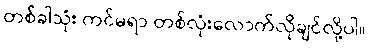
တစ်ခါသုံး ကင်မရာ တစ်လုံးလောက်လိုချင်လို့ပါ။